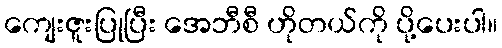
ကျေးဇူးပြုပြီး အေဘီစီ ဟိုတယ်ကို ပို့ပေးပါ။